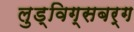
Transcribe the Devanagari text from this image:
लुड्विग्सबर्ग